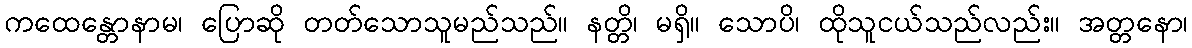
ကထေန္တောနာမ၊ ပြောဆို တတ်သောသူမည်သည်။ နတ္တိ၊ မရှိ။ သောပိ၊ ထိုသူငယ်သည်လည်း။ အတ္တနော၊